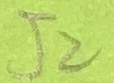
Text: J2